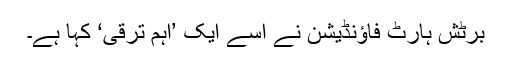
برٹش ہارٹ فاؤنڈیشن نے اسے ایک ’اہم ترقی‘ کہا ہے۔